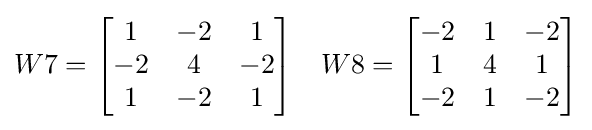
W7={\begin{bmatrix}1&-2&1\\-2&4&-2\\1&-2&1\end{bmatrix}}\quad W8={\begin{bmatrix}-2&1&-2\\1&4&1\\-2&1&-2\end{bmatrix}}